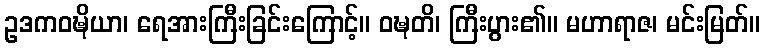
ဥဒကဝဍ္ဎိယာ၊ ရေအားကြီးခြင်းကြောင့်။ ဝဍ္ဎတိ၊ ကြီးပွား၏။ မဟာရာဇ၊ မင်းမြတ်။